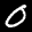
Label: 0